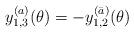
LaTeX: \begin{align*}y^{(a)}_{1,3} (\theta)=- y^{(\bar{a})}_{1,2}(\theta)\end{align*}